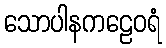
သောပါနကဠေဝရံ